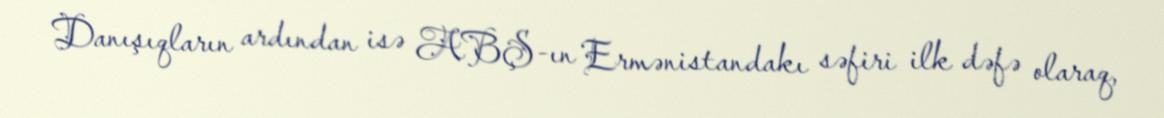
Danışıqların ardından isə ABŞ-ın Ermənistandakı səfiri ilk dəfə olaraq,